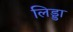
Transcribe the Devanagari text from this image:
लिड्डा